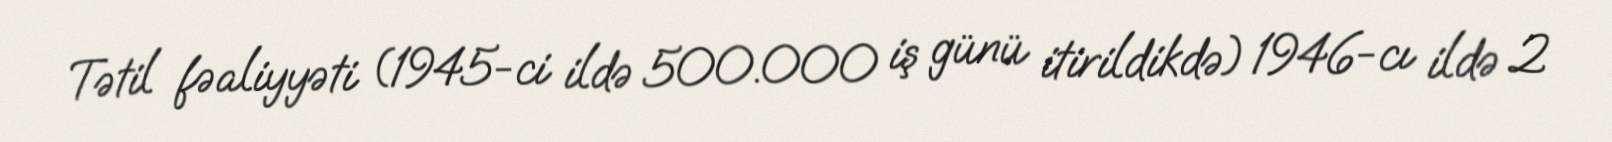
Tətil fəaliyyəti (1945-ci ildə 500.000 iş günü itirildikdə) 1946-cı ildə 2